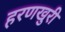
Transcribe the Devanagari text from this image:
हरणखुरी